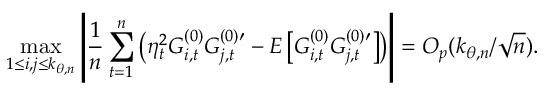
\operatorname* { m a x } _ { 1 \leq i , j \leq k _ { \theta , n } } \left\vert \frac { 1 } { n } \sum _ { t = 1 } ^ { n } \left( \eta _ { t } ^ { 2 } G _ { i , t } ^ { ( 0 ) } G _ { j , t } ^ { ( 0 ) \prime } - E \left[ G _ { i , t } ^ { ( 0 ) } G _ { j , t } ^ { ( 0 ) \prime } \right] \right) \right\vert = O _ { p } ( k _ { \theta , n } / \sqrt { n } ) .